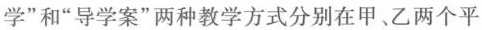
学”和”导学案”两种教学方式分别在甲、乙两个平